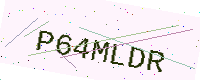
Text: P64MLDR